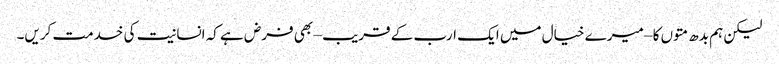
لیکن ہم بدھ متوں کا – میرے خیال میں ایک ارب کے قریب – بھی فرض ہے کہ انسانیت کی خدمت کریں۔